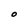
Character: O